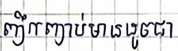
ញឹកញាប់មានដូចជា